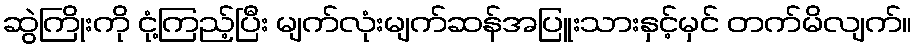
ဆွဲကြိုးကို ငုံ့ကြည့်ပြီး မျက်လုံးမျက်ဆန်အပြူးသားနှင့်မှင် တက်မိလျက်။